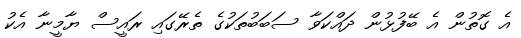
އެ ގޮތުން އެ ބޭފުޅުން ދައްކަވާ ސަބަބުތަކުގެ ތެރޭގައި ރައީސް ޔާމީނާ އެކު